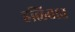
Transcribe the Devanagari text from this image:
हळिवात